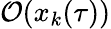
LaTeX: \mathcal{O}(x_{k}(\tau))